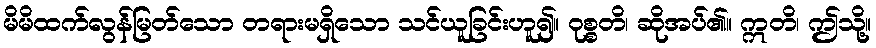
မိမိထက်လွန်မြတ်သော တရားမရှိသော သင်ယူခြင်းဟူ၍။ ဝုစ္စတိ၊ ဆိုအပ်၏။ ဣတိ၊ ဤသို့။